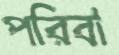
পরিবা